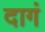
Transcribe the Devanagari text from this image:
दागं